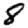
Digit: 8